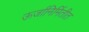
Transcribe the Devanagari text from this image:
ऊर्जानिर्मितीत